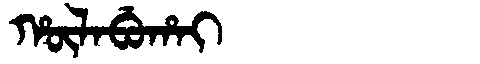
Manchu: ᡥᡡᠯᠠᠪᡠᡥᠠᡳ
Romanization: HŪLABUHAI